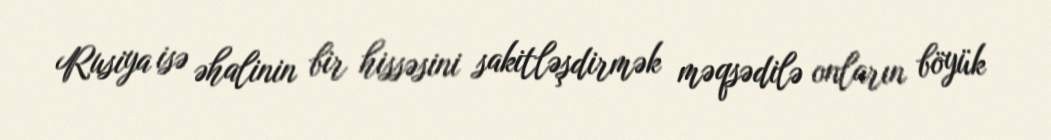
Rusiya isə əhalinin bir hissəsini sakitləşdirmək məqsədilə onların böyük